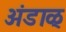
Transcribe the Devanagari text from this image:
अंडाळ्